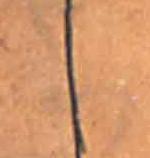
し